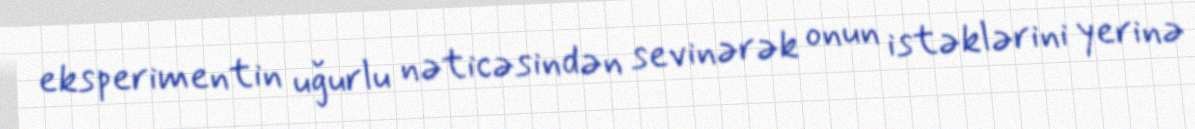
eksperimentin uğurlu nəticəsindən sevinərək onun istəklərini yerinə